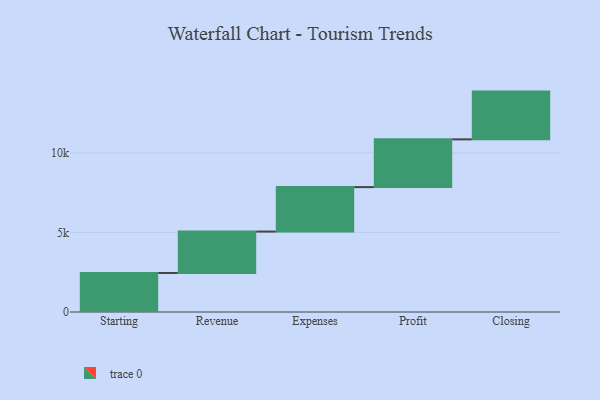
{"axis": {"x": "Step", "y": "Value"}, "legend": [""], "data": [{"x": "Starting", "y": 2452.0, "type": ""}, {"x": "Revenue", "y": 2601.0, "type": ""}, {"x": "Expenses", "y": 2793.0, "type": ""}, {"x": "Profit", "y": 3000, "type": ""}, {"x": "Closing", "y": 3000, "type": ""}]}